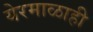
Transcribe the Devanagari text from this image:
येरमाळाही